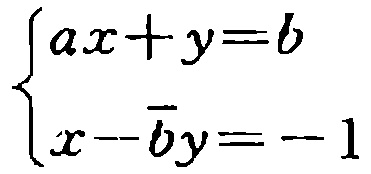
\(\begin{cases}

ax + y = b \\

x - \overline{b}y = - 1

\end{cases}\)